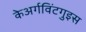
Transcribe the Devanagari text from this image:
केअर्गविंटगुइस